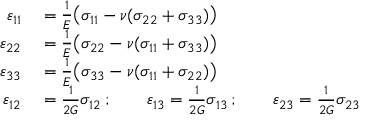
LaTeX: \begin{array} { r l } { \varepsilon _ { 1 1 } } & { { } = { \frac { 1 } { E } } { \big ( } \sigma _ { 1 1 } - \nu ( \sigma _ { 2 2 } + \sigma _ { 3 3 } ) { \big ) } } \\ { \varepsilon _ { 2 2 } } & { { } = { \frac { 1 } { E } } { \big ( } \sigma _ { 2 2 } - \nu ( \sigma _ { 1 1 } + \sigma _ { 3 3 } ) { \big ) } } \\ { \varepsilon _ { 3 3 } } & { { } = { \frac { 1 } { E } } { \big ( } \sigma _ { 3 3 } - \nu ( \sigma _ { 1 1 } + \sigma _ { 2 2 } ) { \big ) } } \\ { \varepsilon _ { 1 2 } } & { { } = { \frac { 1 } { 2 G } } \sigma _ { 1 2 } \, ; \qquad \varepsilon _ { 1 3 } = { \frac { 1 } { 2 G } } \sigma _ { 1 3 } \, ; \qquad \varepsilon _ { 2 3 } = { \frac { 1 } { 2 G } } \sigma _ { 2 3 } } \end{array}